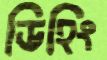
ডিহিং